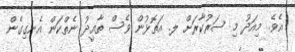
އެވެ. މިއަދު މި ސަރުކާރަށް ލ. އަތޮޅުން ވެސް ތާއީދު ނެތްކަން އެނގިގެން